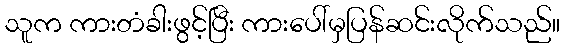
သူက ကားတံခါးဖွင့်ပြီး ကားပေါ်မှပြန်ဆင်းလိုက်သည်။